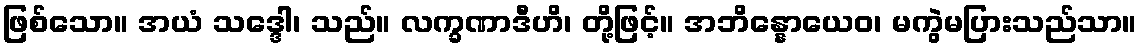
ဖြစ်သော။ အယံ သဒ္ဒေါ၊ သည်။ လက္ခဏာဒီဟိ၊ တို့ဖြင့်။ အဘိန္နောယေဝ၊ မကွဲမပြားသည်သာ။